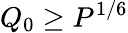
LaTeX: Q_{0}\geq P^{1/6}